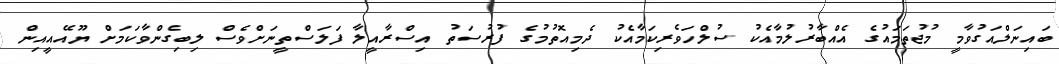
ބައިނަލްއަގުވާމީ މުޖުތަމައުގެ އެއްބާރުލުމާއެކު ސުލްހަވެރިކަމާއެކު ދެމިއޮތުމުގެ ފުރުސަތު އިސްރާއީލާ ފަލަސްތީނަށްވެސް ލިބިގެންވާކަމަށް ޔޫއޭއީއިން